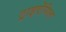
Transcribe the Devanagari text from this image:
ट्राइऐंगिल